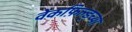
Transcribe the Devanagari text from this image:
वेकफ़िल्ड्च्या